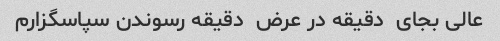
عالی بجای  دقیقه در عرض  دقیقه رسوندن سپاسگزارم